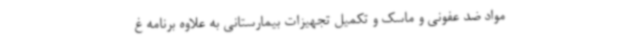
مواد ضد عفونی و ماسک و تکمیل تجهیزات بیمارستانی به علاوه برنامه غ